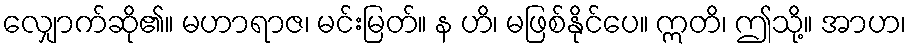
လျှောက်ဆို၏။ မဟာရာဇ၊ မင်းမြတ်။ န ဟိ၊ မဖြစ်နိုင်ပေ။ ဣတိ၊ ဤသို့။ အာဟ၊